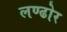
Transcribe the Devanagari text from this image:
लण्ढोर